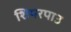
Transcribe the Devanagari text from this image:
शियरपाउ